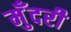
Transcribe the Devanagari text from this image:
मुँदरी